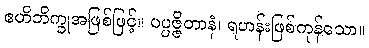
ဧဟိဘိက္ခုအဖြစ်ဖြင့်။ ပပ္ပဇ္ဇိတာနံ၊ ရဟန်းဖြစ်ကုန်သော။